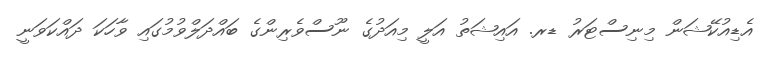
އެޑިއުކޭޝަން މިނިސްޓަރު ޑރ. އައިޝަތު އަލީ މިއަދުގެ ނޫސްވެރިންގެ ބައްދަލްވުމުގައި ވާހަކަ ދައްކަވަނީ